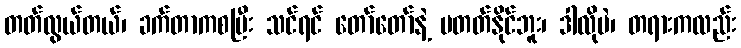
တတ်လွယ်တယ်၊ ခက်တာကစပြီး သင်ရင် တော်တော်နဲ့ မတတ်နိုင်ဘူး၊ ဒါလိုပဲ၊ တရားကလည်း